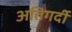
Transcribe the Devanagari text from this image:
अतिगर्दी